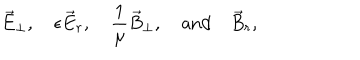
LaTeX: \vec { E } _ { \perp } , \quad \epsilon \vec { E } _ { r } , \quad { \frac { 1 } { \mu } } \vec { B } _ { \perp } , \quad \mathrm { a n d } \quad \vec { B } _ { r } ,